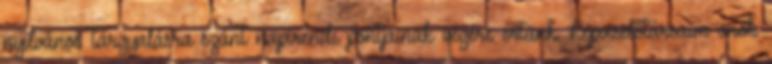
nyilvános tárgyalásra szánt napirendi pontjainak végére értünk. Képviselőtársaim önök